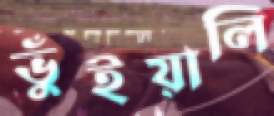
ভুঁইয়ালি